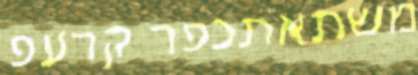
משתאתכפר קרעפ